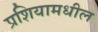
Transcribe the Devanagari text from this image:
प्रशियामधील